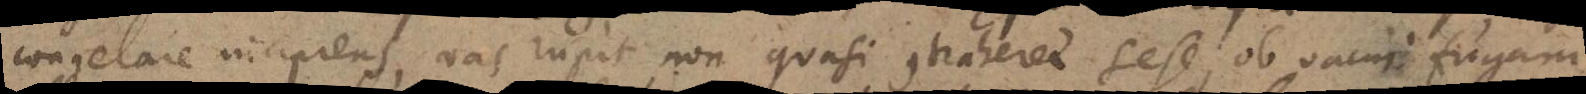
congelare incipiens, vas rupit, non quasi contraheret sese, ob vacui fugam